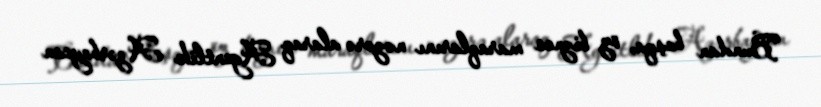
Bundan başqa, öz biznes maraqlarını nəzərə alaraq Agentlik Azərbaycan